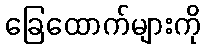
ခြေထောက်များကို